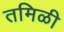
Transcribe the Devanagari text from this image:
तमिळी